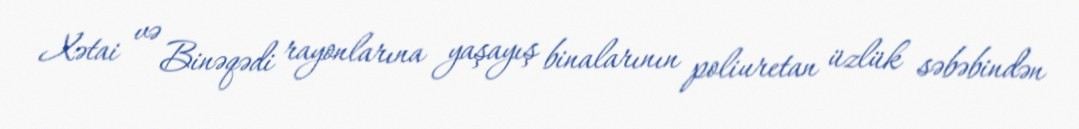
Xətai və Binəqədi rayonlarına yaşayış binalarının poliuretan üzlük səbəbindən